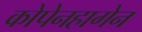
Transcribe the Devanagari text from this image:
कोपेनहागेन